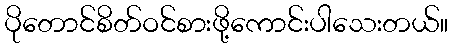
ပိုတောင်စိတ်ဝင်စားဖို့ကောင်းပါသေးတယ်။